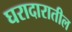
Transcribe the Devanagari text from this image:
घरादारातील